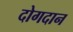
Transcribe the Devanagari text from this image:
दोगदान